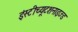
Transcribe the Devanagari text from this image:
इंस्टीच्यूटशनाइज्ड